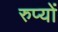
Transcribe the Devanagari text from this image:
रुप्यों